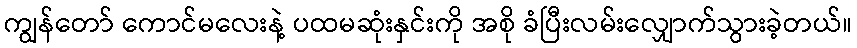
ကျွန်တော် ကောင်မလေးနဲ့ ပထမဆုံးနှင်းကို အစို ခံပြီးလမ်းလျှောက်သွားခဲ့တယ်။